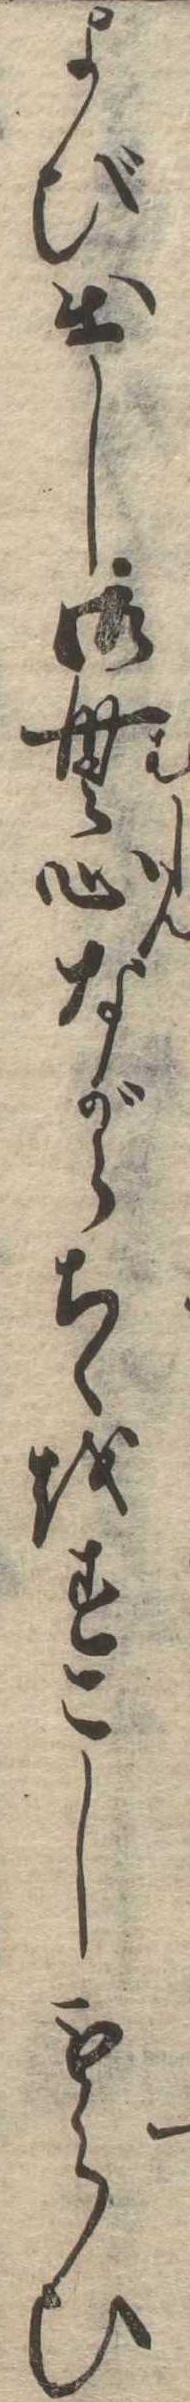
よび出し御無心ながらちゝをすこしもらひ